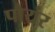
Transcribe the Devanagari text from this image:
पोयंर